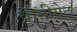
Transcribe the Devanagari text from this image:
वौनीगेट